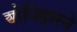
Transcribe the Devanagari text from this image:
योनिद्वारने